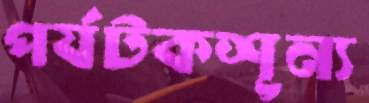
পর্যটকশূন্য